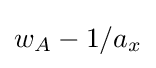
w_{A}-1/a_{x}